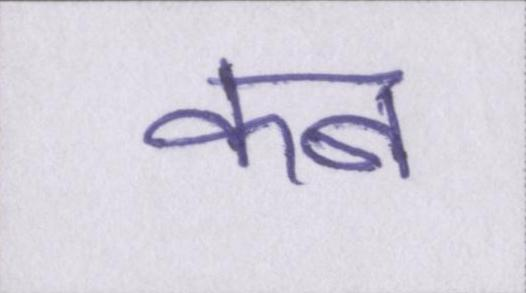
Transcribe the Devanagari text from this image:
कब